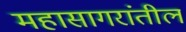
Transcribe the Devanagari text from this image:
महासागरांतील